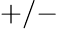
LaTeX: \mathrm{+/-}